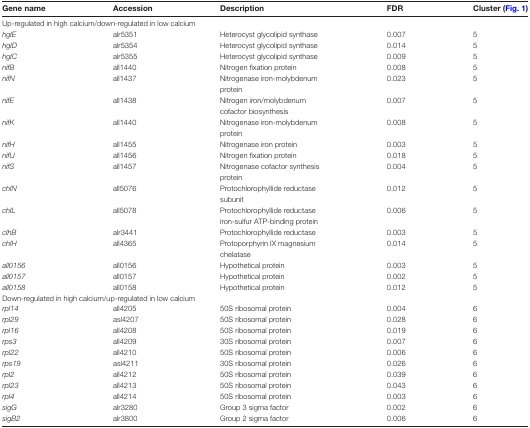
<table><thead><tr><td><b>Gene name</b></td><td><b>Accession</b></td><td><b>Description</b></td><td><b>FDR</b></td><td><b>Cluster (Fig. 1)</b></td></tr></thead><tbody><tr><td colspan="5">Up-regulated in high calcium/down-regulated in low calcium</td></tr><tr><td><i>hglE</i></td><td>alr5351</td><td>Heterocyst glycolipid synthase</td><td>0.007</td><td>5</td></tr><tr><td><i>hglD</i></td><td>alr5354</td><td>Heterocyst glycolipid synthase</td><td>0.014</td><td>5</td></tr><tr><td><i>hglC</i></td><td>alr5355</td><td>Heterocyst glycolipid synthase</td><td>0.009</td><td>5</td></tr><tr><td><i>nifB</i></td><td>all1440</td><td>Nitrogen fixation protein</td><td>0.008</td><td>5</td></tr><tr><td><i>nifN</i></td><td>all1437</td><td>Nitrogenase iron-molybdenum protein</td><td>0.023</td><td>5</td></tr><tr><td><i>nifE</i></td><td>all1438</td><td>Nitrogen iron/molybdenum cofactor biosynthesis</td><td>0.007</td><td>5</td></tr><tr><td><i>nifK</i></td><td>all1440</td><td>Nitrogenase iron-molybdenum protein</td><td>0.008</td><td>5</td></tr><tr><td><i>nifH</i></td><td>all1455</td><td>Nitrogenase iron protein</td><td>0.003</td><td>5</td></tr><tr><td><i>nifU</i></td><td>all1456</td><td>Nitrogen fixation protein</td><td>0.018</td><td>5</td></tr><tr><td><i>nifS</i></td><td>all1457</td><td>Nitrogenase cofactor synthesis protein</td><td>0.004</td><td>5</td></tr><tr><td><i>chlN</i></td><td>all5076</td><td>Protochlorophyllide reductase subunit</td><td>0.012</td><td>5</td></tr><tr><td><i>chlL</i></td><td>all5078</td><td>Protochlorophyllide reductase iron-sulfur ATP-binding protein</td><td>0.006</td><td>5</td></tr><tr><td><i>clhB</i></td><td>alr3441</td><td>Protochlorophyllide reductase</td><td>0.003</td><td>5</td></tr><tr><td><i>chlH</i></td><td>all4365</td><td>Protoporphyrin IX magnesium chelatase</td><td>0.014</td><td>5</td></tr><tr><td><i>all0156</i></td><td>all0156</td><td>Hypothetical protein</td><td>0.003</td><td>5</td></tr><tr><td><i>all0157</i></td><td>all0157</td><td>Hypothetical protein</td><td>0.002</td><td>5</td></tr><tr><td><i>all0158</i></td><td>all0158</td><td>Hypothetical protein</td><td>0.012</td><td>5</td></tr><tr><td colspan="5">Down-regulated in high calcium/up-regulated in low calcium</td></tr><tr><td><i>rpl14</i></td><td>all4205</td><td>50S ribosomal protein</td><td>0.004</td><td>6</td></tr><tr><td><i>rpl29</i></td><td>asl4207</td><td>50S ribosomal protein</td><td>0.028</td><td>6</td></tr><tr><td><i>rpl16</i></td><td>all4208</td><td>50S ribosomal protein</td><td>0.019</td><td>6</td></tr><tr><td><i>rps3</i></td><td>all4209</td><td>30S ribosomal protein</td><td>0.007</td><td>6</td></tr><tr><td><i>rpl22</i></td><td>all4210</td><td>50S ribosomal protein</td><td>0.006</td><td>6</td></tr><tr><td><i>rps19</i></td><td>asl4211</td><td>30S ribosomal protein</td><td>0.026</td><td>6</td></tr><tr><td><i>rpl2</i></td><td>all4212</td><td>50S ribosomal protein</td><td>0.039</td><td>6</td></tr><tr><td><i>rpl23</i></td><td>all4213</td><td>50S ribosomal protein</td><td>0.043</td><td>6</td></tr><tr><td><i>rpl4</i></td><td>all4214</td><td>50S ribosomal protein</td><td>0.003</td><td>6</td></tr><tr><td><i>sigG</i></td><td>alr3280</td><td>Group 3 sigma factor</td><td>0.002</td><td>6</td></tr><tr><td><i>sigB2</i></td><td>alr3800</td><td>Group 2 sigma factor</td><td>0.006</td><td>6</td></tr></tbody></table>